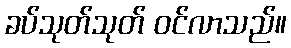
ခပ်သုတ်သုတ် ဝင်လာသည်။